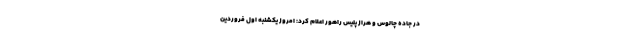
در جاده چالوس و هراز پلیس راهور اعلام کرد: امروز یکشنبه اول فروردین